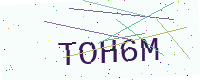
Text: TOH6M